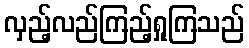
လှည့်လည်ကြည့်ရှုကြသည်